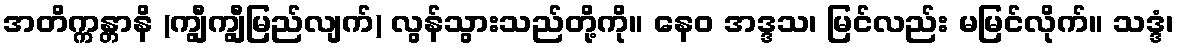
အတိက္ကန္တာနိ (ကျွီကျွီမြည်လျက်) လွန်သွားသည်တို့ကို။ နေဝ အဒ္ဒသ၊ မြင်လည်း မမြင်လိုက်။ သဒ္ဒံ၊